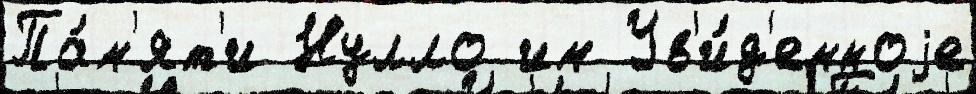
Па́м'ят'и Нулло им Ув'и́д'енноjе